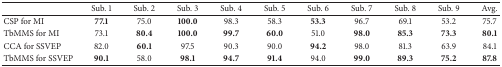
<table><thead><tr><td><b> </b></td><td><b>Sub. 1</b></td><td><b>Sub. 2</b></td><td><b>Sub. 3</b></td><td><b>Sub. 4</b></td><td><b>Sub. 5</b></td><td><b>Sub. 6 </b></td><td><b>Sub. 7</b></td><td><b>Sub. 8</b></td><td><b>Sub. 9</b></td><td><b>Avg.</b></td></tr></thead><tbody><tr><td>CSP for MI</td><td><b>77.1</b></td><td>75.0</td><td><b>100.0 </b></td><td>98.3</td><td>58.3</td><td><b>53.3</b></td><td>96.7</td><td>69.1</td><td>53.2</td><td>75.7</td></tr><tr><td>TbMMS for MI</td><td>73.1</td><td><b>80.4</b></td><td><b>100.0</b></td><td><b>99.7</b></td><td><b>60.0</b></td><td>51.0</td><td><b>98.0</b></td><td><b>85.3</b></td><td><b>73.3</b></td><td><b>80.1</b></td></tr><tr><td>CCA for SSVEP</td><td>82.0</td><td><b>60.1</b></td><td>97.5</td><td>90.3</td><td>90.0</td><td><b>94.2</b></td><td>98.0</td><td>81.3</td><td>63.9</td><td>84.1</td></tr><tr><td>TbMMS for SSVEP</td><td><b>90.1</b></td><td>58.0</td><td><b>98.1</b></td><td><b>94.7</b></td><td><b>91.4</b></td><td>94.0</td><td><b>99.0</b></td><td><b>89.3</b></td><td><b>75.2</b></td><td><b>87.8</b></td></tr></tbody></table>